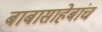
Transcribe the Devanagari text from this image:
बाबासाहेबांच